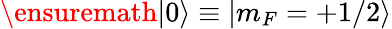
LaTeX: \ensuremath{|0\rangle}\equiv|m_{F}=+1/2\rangle